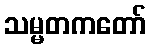
သမ္မတကတော်